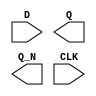
module sky130_fd_sc_ms__dfxbp (
    //# {{data|Data Signals}}
    input  D  ,
    output Q  ,
    output Q_N,

    //# {{clocks|Clocking}}
    input  CLK
);

    // Voltage supply signals
    supply1 VPWR;
    supply0 VGND;
    supply1 VPB ;
    supply0 VNB ;

endmodule